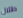
طلال